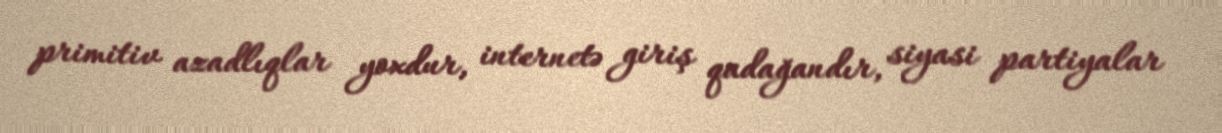
primitiv azadlıqlar yoxdur, internetə giriş qadağandır, siyasi partiyalar